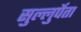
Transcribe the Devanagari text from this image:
सुल्लुर्पेता